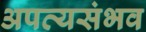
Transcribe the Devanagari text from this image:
अपत्यसंभव